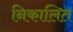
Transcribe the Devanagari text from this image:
निकालित